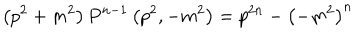
LaTeX: \left( p ^ { 2 } + m ^ { 2 } \right) P ^ { n - 1 } \left( p ^ { 2 } , - m ^ { 2 } \right) = p ^ { 2 n } - { \left( - m ^ { 2 } \right) } ^ { n }